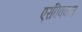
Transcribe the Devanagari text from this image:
एरविक्करा